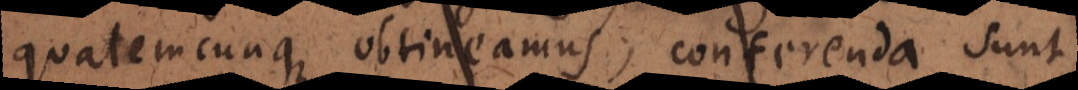
qualemcunque obtineamus; conferenda sunt